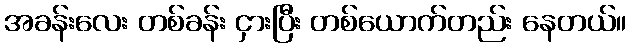
အခန်းလေး တစ်ခန်း ငှားပြီး တစ်ယောက်တည်း နေတယ်။